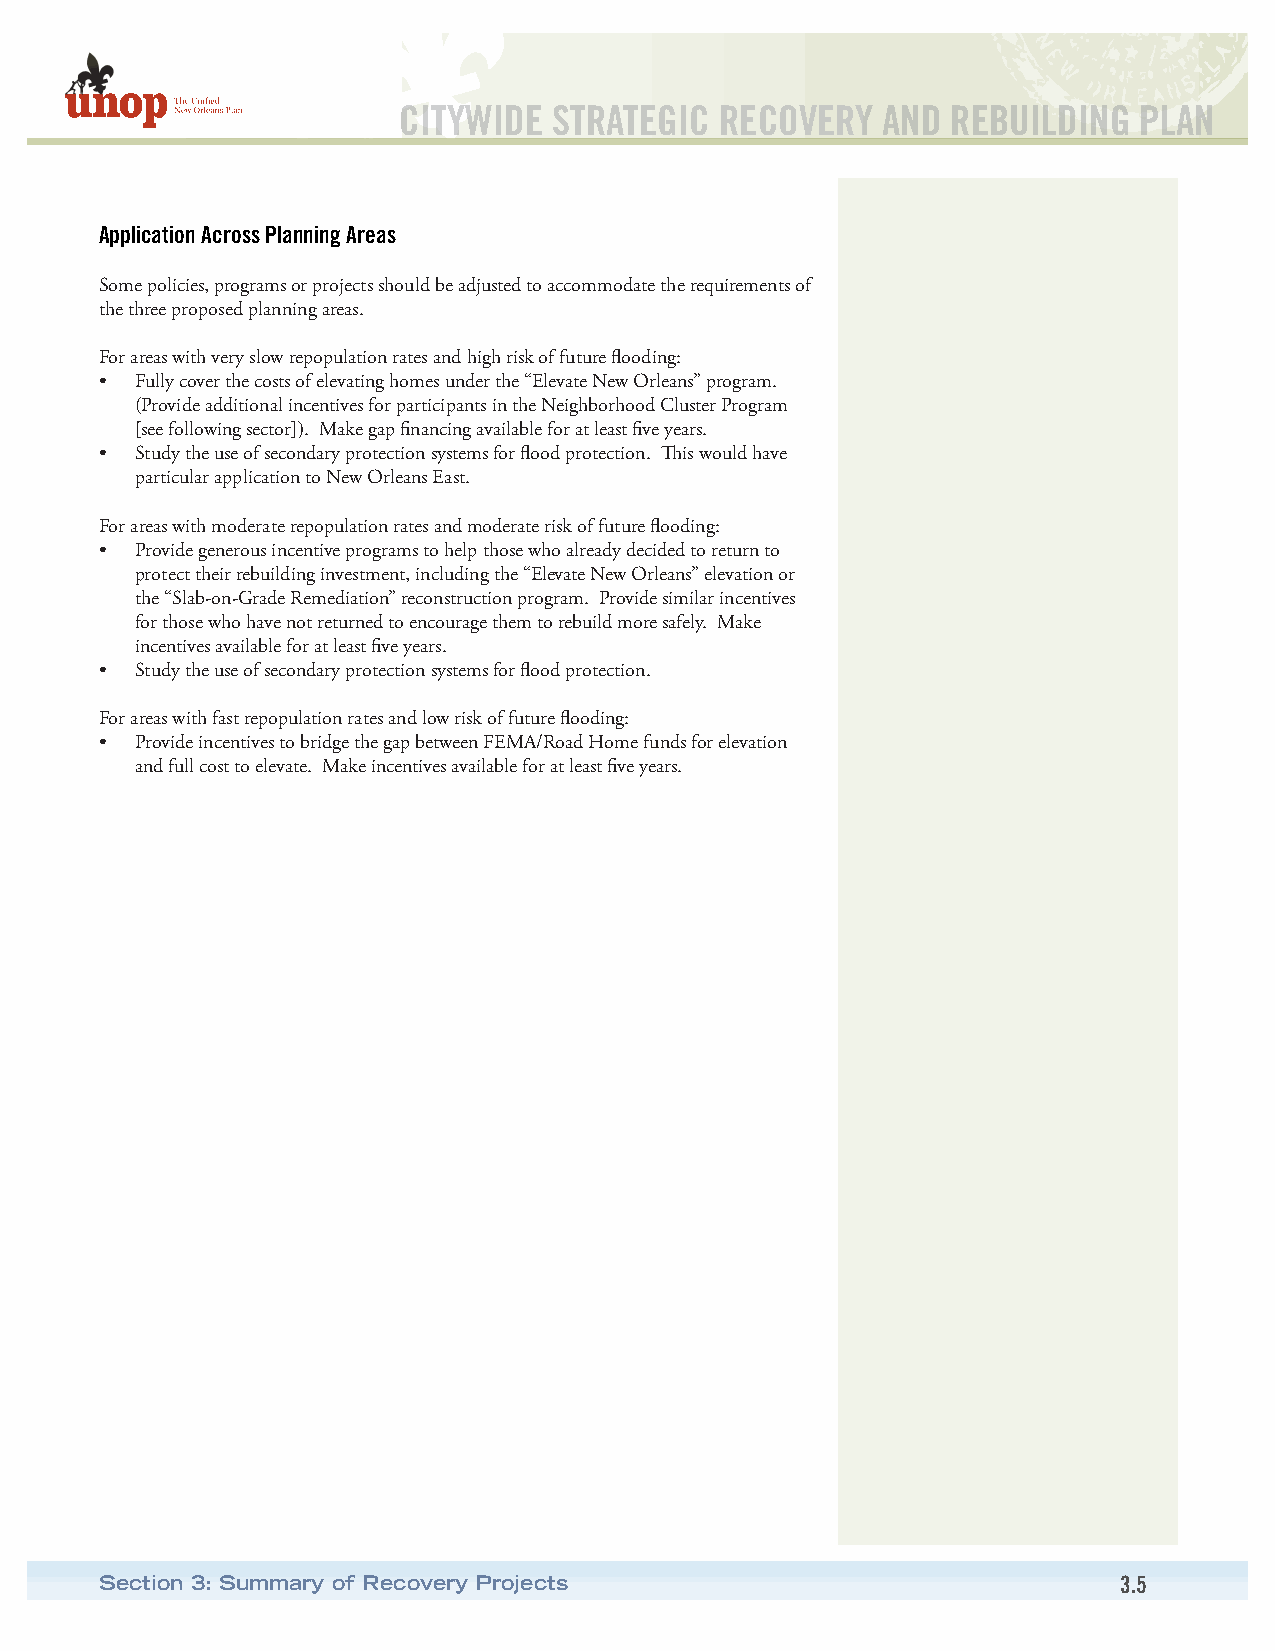
CITYWIDE   STRATEGIC  RECOVERY  AND  REBUILDING  PLAN
 Application Across Planning Areas
 Some policies, programs or projects should be adjusted to accommodate the requirements of
 the three proposed planning areas.
 For areas with very slow repopulation rates and high risk of future flooding:
 • Fully cover the costs of elevating homes under the “Elevate New Orleans” program.
 (Provide additional incentives for participants in the Neighborhood Cluster Program
 [see following sector]). Make gap financing available for at least five years.
 • Study the use of secondary protection systems for flood protection. This would have
 particular application to New Orleans East.
 For areas with moderate repopulation rates and moderate risk of future flooding:
 • Provide generous incentive programs to help those who already decided to return to
 protect their rebuilding investment, including the “Elevate New Orleans” elevation or
 the “Slab-on-Grade Remediation” reconstruction program. Provide similar incentives
 for those who have not returned to encourage them to rebuild more safely. Make
 incentives available for at least five years.
 • Study the use of secondary protection systems for flood protection.
 For areas with fast repopulation rates and low risk of future flooding:
 • Provide incentives to bridge the gap between FEMA/Road Home funds for elevation
 and full cost to elevate. Make incentives available for at least five years.
 Section 3: Summary of Recovery Projects                            3.5